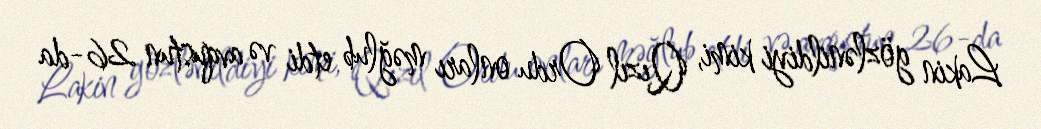
Lakin gözlənildiyi kimi, Qızıl Ordu onları məğlub etdi və avqustun 26-da